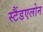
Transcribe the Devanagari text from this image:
स्टैंडएलोन